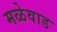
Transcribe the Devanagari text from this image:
मळेवाड